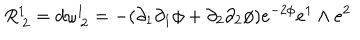
LaTeX: R _ { \: 2 } ^ { 1 } = d \omega _ { \: 2 } ^ { 1 } = - ( \partial _ { 1 } \partial _ { 1 } \phi + \partial _ { 2 } \partial _ { 2 } \phi ) e ^ { - 2 \phi } e ^ { 1 } \wedge e ^ { 2 }